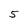
Character: 5